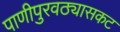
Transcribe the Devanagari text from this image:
पाणीपुरवठ्यासकट